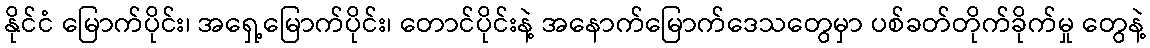
နိုင်ငံ မြောက်ပိုင်း၊ အရှေ့မြောက်ပိုင်း၊ တောင်ပိုင်းနဲ့ အနောက်မြောက်ဒေသတွေမှာ ပစ်ခတ်တိုက်ခိုက်မှု တွေနဲ့